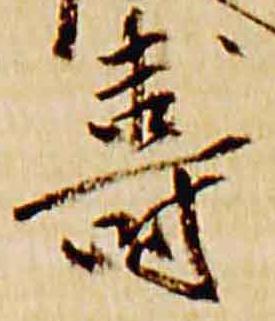
寿